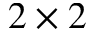
2 \times 2